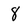
Character: 8